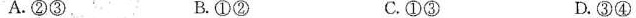
A.②③ B.①② C.①③ D.③④